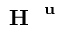
\textbf { H } ^ { \textbf { u } }